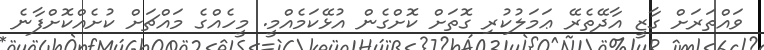
ވައްތަރަށް ގާޒީ އާދޭތެރޭ ޢަމަލުކުރި ގޮތަށް ކޮށްގެން އުުޅޭކަމެއްމީ. މީހެއްގެ މައްޗަށް ކުށެއްކޮށްފާނެ